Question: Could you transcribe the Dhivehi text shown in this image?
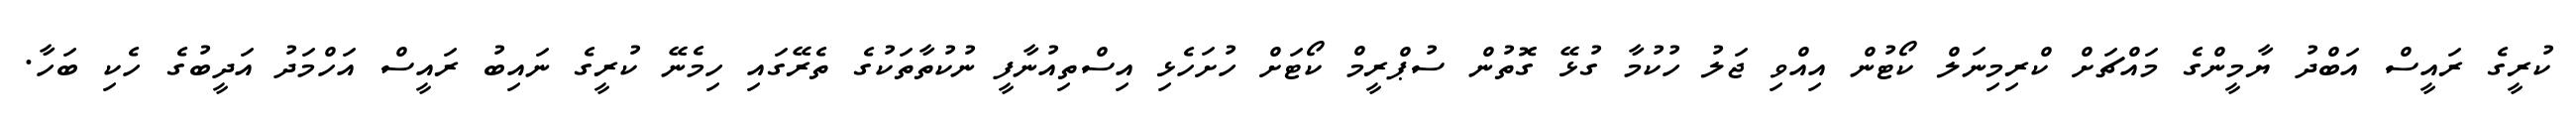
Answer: ކުރީގެ ރައީސް އަބްދު ޔާމީންގެ މައްޗަށް ކްރިމިނަލް ކޯޓުން އިއްވި ޖަލު ހުކުމާ ގުޅޭ ގޮތުން ސުޕްރީމް ކޯޓަށް ހުށަހެޅި އިސްތިއުނާފީ ނުކުތާތަކުގެ ތެރޭގައި ހިމެނޭ ކުރީގެ ނައިބު ރައީސް އަހްމަދު އަދީބުގެ ހެކި ބަހާ.